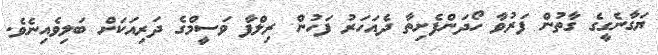
ޔަގާނެގީގެ ގާތުން ފަރުވާ ހޯދަންފެށިތާ ދެއަހަރު ފަހުން ރިލްފާ ވަސީމްގެ ދަރިއަކަށް ބަލިވެއިނެވެ.